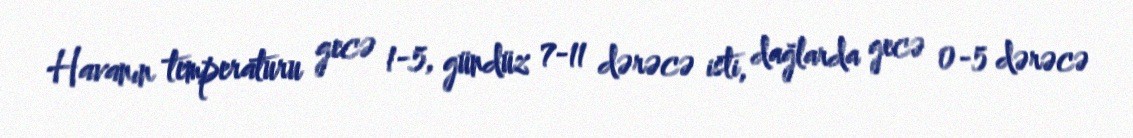
Havanın temperaturu gecə 1-5, gündüz 7-11 dərəcə isti, dağlarda gecə 0-5 dərəcə